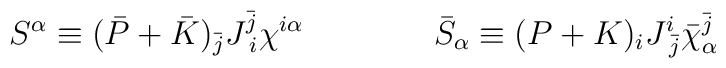
S^{\alpha} \equiv(\bar P + \bar K)_{\bar j} J^{\bar j}_{\;i} \chi^{i\alpha}\qquad\qquad\bar S_{\alpha} \equiv(P+K)_i J^i_{\; \bar j} \bar \chi ^{\bar j}_{\alpha}